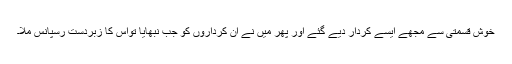
خوش قسمتی سے مجھے ایسے کردار دیے گئے اور پھر میں نے ان کرداروں کو جب نبھایا تواس کا زبردست رسپانس ملا۔